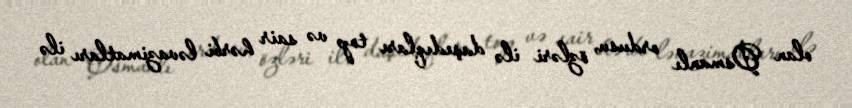
olan Osmanlı ordusu, özləri ilə daşıdıqları top və sair hərbi ləvazimatları ilə